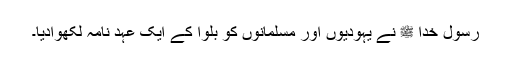
رسول خدا ﷺ نے یہودیوں اور مسلمانوں کو بلوا کے ایک عہد نامہ لکھوادیا۔